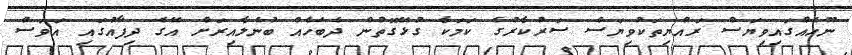
ނޫހެއްގައިވިޔަސް ރައްޔިތަކުވިޔަސް ސަރުކާރުގެ ކަމަކާ ގުޅޭގޮތުން ދެބަހެއް ބުނެލާއިރަށް އޭގެ ދިފާއުގައި އަވަސް